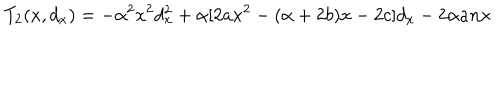
LaTeX: T _ { 2 } ( x , d _ { x } ) = - \alpha ^ { 2 } x ^ { 2 } d _ { x } ^ { 2 } + \alpha [ 2 a x ^ { 2 } - ( \alpha + 2 b ) x - 2 c ] d _ { x } - 2 \alpha a n x